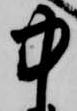
中